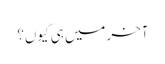
آخر میں ہی کیوں؟